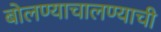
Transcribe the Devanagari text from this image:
बोलण्याचालण्याची